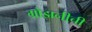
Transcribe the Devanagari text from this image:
ग्रोझनीची